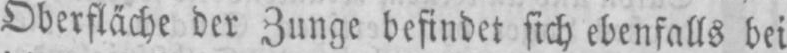
Oberfläche der Zunge befindet sich ebenfalls bei